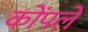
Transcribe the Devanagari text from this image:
कोंपलें